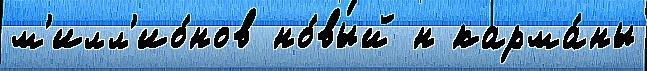
м'илл'ио́нов но́вый н карма́ны